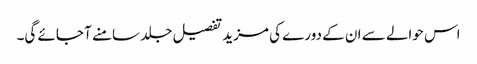
اس حوالے سے ان کے دورے کی مزید تفصیل جلد سامنے آ جائے گی۔